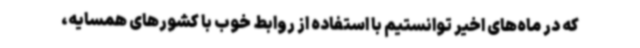
که در ماه‌های اخیر توانستیم با استفاده از روابط خوب با کشورهای همسایه،